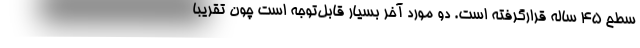
سطح ۴۵ ساله قرارگرفته است. دو مورد آخر بسیار قابل‌توجه است چون تقریبا